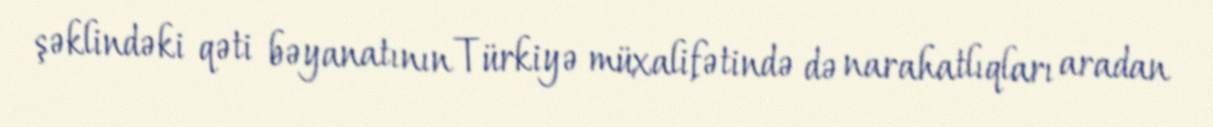
şəklindəki qəti bəyanatının Türkiyə müxalifətində də narahatlıqları aradan